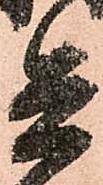
兵